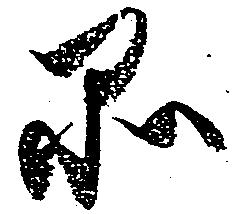
品